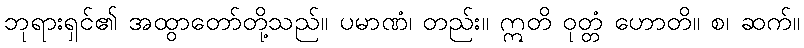
ဘုရားရှင်၏ အထွာတော်တို့သည်။ ပမာဏံ၊ တည်း။ ဣတိ ဝုတ္တံ ဟောတိ။ စ၊ ဆက်။